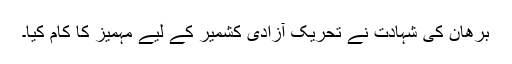
برھان کی شہادت نے تحریک آزادی کشمیر کے لیے مہمیز کا کام کیا۔